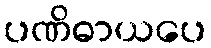
ပဏိဓာယပေ